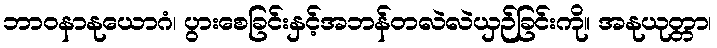
ဘာဝနာနုယောဂံ၊ ပွားစေခြင်းနှင့်အဘန်တလဲလဲယှဉ်ခြင်းကို။ အနုယုတ္တာ၊